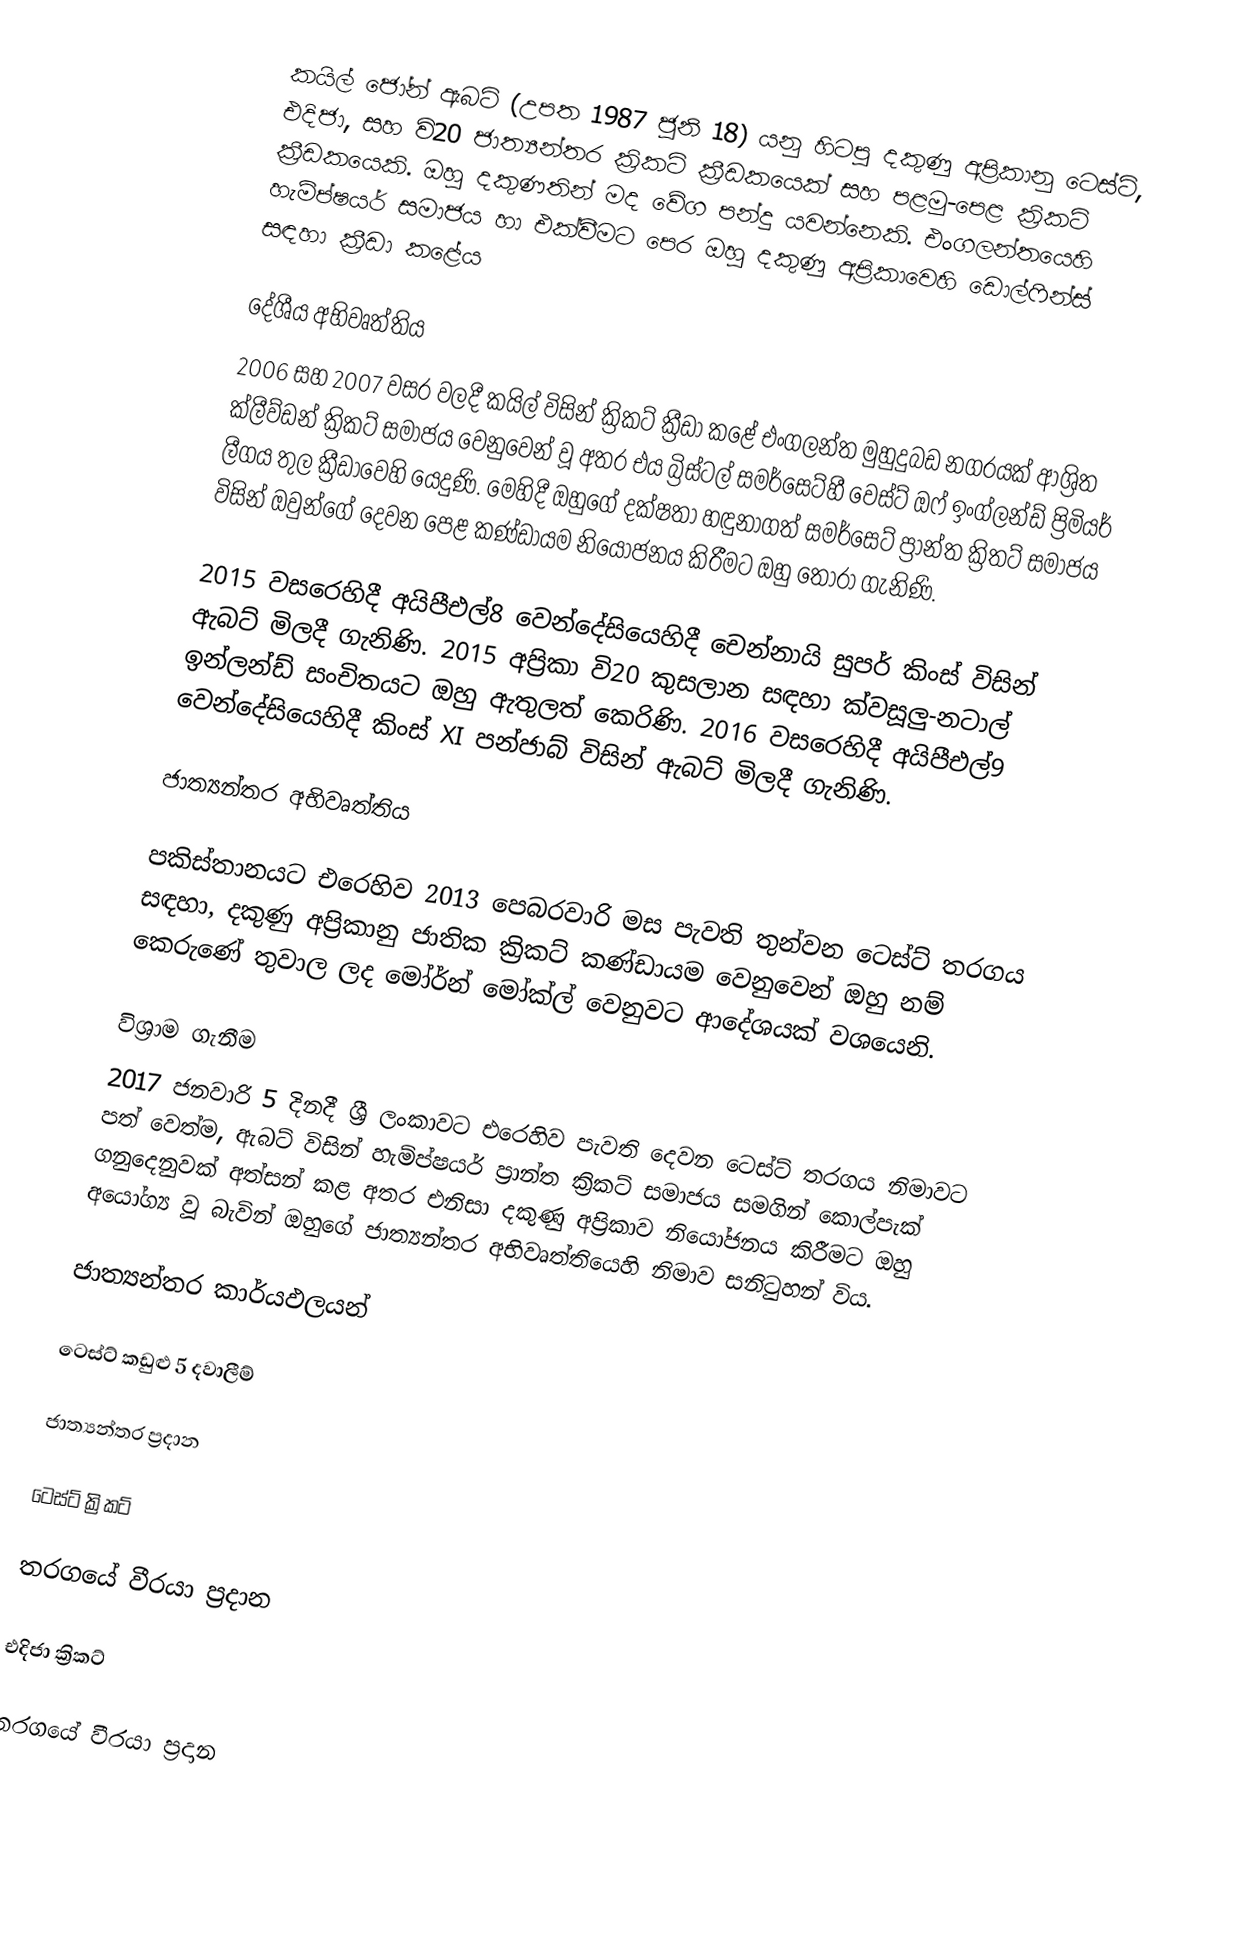
කයිල් ජෝන් ඇබට් (උපත 1987 ජූනි 18) යනු හිටපු දකුණු අප්‍රිකානු ටෙස්ට්, එදිජා, සහ වි20 ජාත්‍යන්තර ක්‍රිකට් ක්‍රීඩකයෙක් සහ  පළමු-පෙළ ක්‍රිකට් ක්‍රීඩකයෙකි.  ඔහු දකුණතින් මද වේග පන්දු යවන්නෙකි. එංගලන්තයෙහි  හැම්ප්ෂයර් සමාජය හා එක්වීමට පෙර ඔහු දකුණු අප්‍රිකාවෙහි ඩොල්ෆින්ස් සඳහා ක්‍රීඩා කළේය

දේශීය අභිවෘත්තිය
2006 සහ 2007 වසර වලදී කයිල් විසින් ක්‍රිකට් ක්‍රීඩා කළේ එංගලන්ත මුහුදුබඩ නගරයක් ආශ්‍රිත  ක්ලීව්ඩන් ක්‍රිකට් සමාජය වෙනුවෙන් වූ අතර එය බ්‍රිස්ටල් සමර්සෙට්හී වෙස්ට් ඔෆ් ඉංග්ලන්ඩ් ප්‍රිමියර් ලීගය තුල ක්‍රීඩාවෙහි යෙදුණි. මෙහිදී ඔහුගේ දක්ෂතා හඳුනාගත් සමර්සෙට් ප්‍රාන්ත ක්‍රිතට් සමාජය විසින් ඔවුන්ගේ දෙවන පෙළ  කණ්ඩායම නියෝජනය කිරීමට ඔහු තෝරා ගැනිණි.

2015 වසරෙහිදී අයිපීඑල්8 වෙන්දේසියෙහිදී චෙන්නායි සුපර් කිංස් විසින් ඇබට් මිලදී ගැනිණි. 2015 අප්‍රිකා වි20 කුසලාන සඳහා  ක්වසූලු-නටාල් ඉන්ලන්ඩ් සංචිතයට ඔහු ඇතුලත් කෙරිණි.  2016 වසරෙහිදී  අයිපීඑල්9 වෙන්දේසියෙහිදී කිංස් XI පන්ජාබ් විසින් ඇබට් මිලදී ගැනිණි.

ජාත්‍යන්තර අභිවෘත්තිය

පකිස්තානයට එරෙහිව 2013 පෙබරවාරි මස පැවති තුන්වන ටෙස්ට් තරගය සඳහා, දකුණු අප්‍රිකානු ජාතික ක්‍රිකට් කණ්ඩායම වෙනුවෙන් ඔහු නම් කෙරුණේ තුවාල ලද මෝර්න් මෝක්ල්  වෙනුවට ආදේශයක් වශයෙනි.

විශ්‍රාම ගැනීම
2017 ජනවාරි 5 දිනදී ශ්‍රී ලංකාවට එරෙහිව පැවති දෙවන ටෙස්ට් තරගය නිමාවට පත් වෙත්ම, ඇබට් විසින් හැම්ප්ෂයර් ප්‍රාන්ත ක්‍රිකට් සමාජය සමගින් කොල්පැක් ගනුදෙනුවක් අත්සන් කළ අතර එනිසා දකුණු අප්‍රිකාව නියෝජනය කිරීමට ඔහු අයෝග්‍ය වූ බැවින් ඔහුගේ ජාත්‍යන්තර අභිවෘත්තියෙහි නිමාව සනිටුහන් විය.

ජාත්‍යන්තර කාර්යඵලයන්

ටෙස්ට් කඩුළු 5 දවාලීම්

ජාත්‍යන්තර ප්‍රදාන

ටෙස්ට් ක්‍රිකට්

තරගයේ වීරයා ප්‍රදාන

එදිජා ක්‍රිකට්

තරගයේ වීරයා ප්‍රදාන